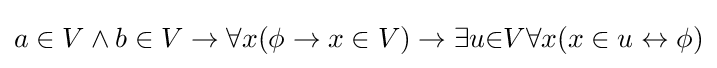
a\in V\land b\in V\to \forall x(\phi \to x\in V)\to \exists u{\in }V\forall x(x\in u\leftrightarrow \phi )